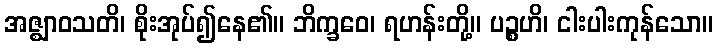
အဇ္ဈာဝသတိ၊ စိုးအုပ်၍နေ၏။ ဘိက္ခဝေ၊ ရဟန်းတို့။ ပဉ္စဟိ၊ ငါးပါးကုန်သော။